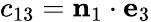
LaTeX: c_{13}=\mathbf{n}_{1}\cdot\mathbf{e}_{3}